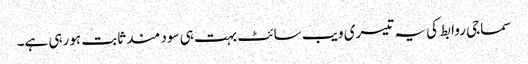
سماجی روابط کی یہ تیسری ویب سائٹ بہت ہی سود مند ثابت ہورہی ہے۔